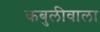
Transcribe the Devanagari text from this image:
कबुलीवाला